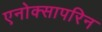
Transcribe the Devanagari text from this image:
एनोक्सापरिन